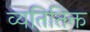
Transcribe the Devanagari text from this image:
व्यतितिक्त